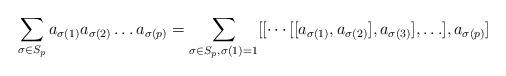
LaTeX: \begin{align*} \sum_{\sigma\in S_p}a_{\sigma(1)}a_{\sigma(2)}\ldots a_{\sigma(p)}=\sum_{\sigma\in S_p,\sigma(1)=1}[[\cdots[[a_{\sigma(1)},a_{\sigma(2)}],a_{\sigma(3)}],\ldots],a_{\sigma(p)}]\end{align*}